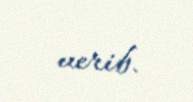
verib.